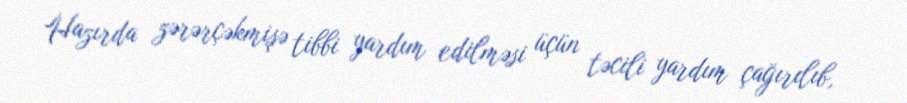
Hazırda zərərçəkmişə tibbi yardım edilməsi üçün təcili yardım çağırılıb,